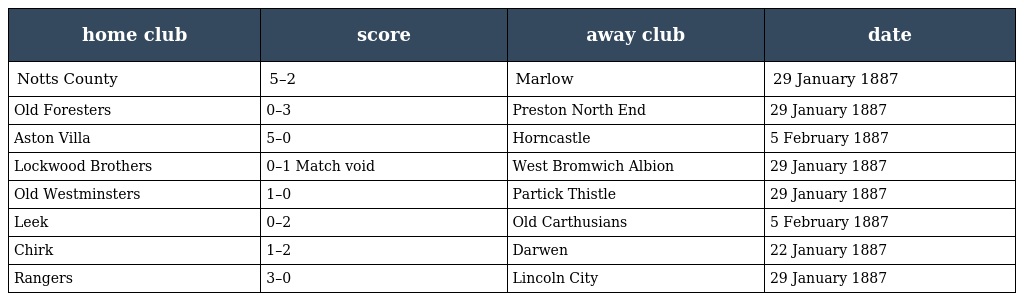
| home club | score | away club | date |
 | --- | --- | --- | --- |
 | Notts County | 5–2 | Marlow | 29 January 1887 |
 | Old Foresters | 0–3 | Preston North End | 29 January 1887 |
 | Aston Villa | 5–0 | Horncastle | 5 February 1887 |
 | Lockwood Brothers | 0–1 Match void | West Bromwich Albion | 29 January 1887 |
 | Old Westminsters | 1–0 | Partick Thistle | 29 January 1887 |
 | Leek | 0–2 | Old Carthusians | 5 February 1887 |
 | Chirk | 1–2 | Darwen | 22 January 1887 |
 | Rangers | 3–0 | Lincoln City | 29 January 1887 |